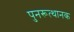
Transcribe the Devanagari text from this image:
पुनरूत्थानक